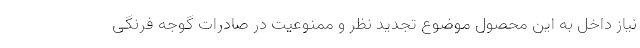
نیاز داخل به این محصول موضوع تجدید نظر و ممنوعیت در صادرات گوجه فرنگی